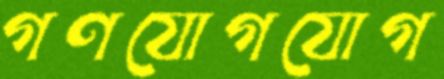
গণযোগযোগ